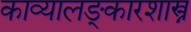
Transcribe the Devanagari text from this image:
काव्यालङ्कारशास्त्र